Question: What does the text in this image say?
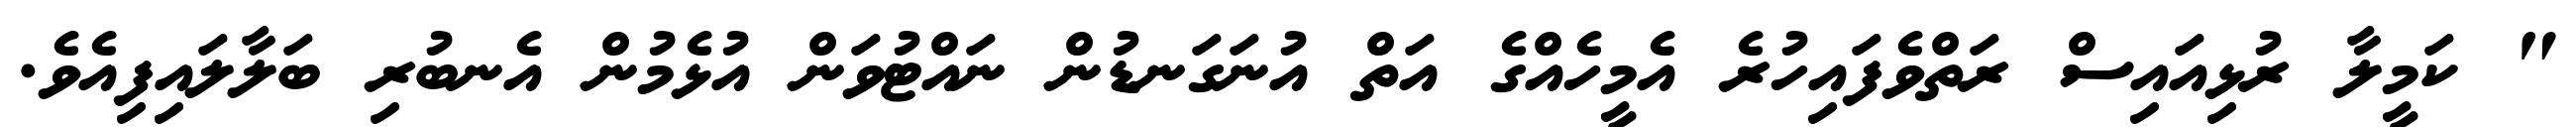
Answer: " ކަމީލާ ރުޅިއައިސް ރަތްވެފައިހުރެ އެމީހެއްގެ އަތް އުނަގަނޑުން ނައްޓުވަން އުޅެމުން އެނބުރި ބަލާލައިފިއެވެ.